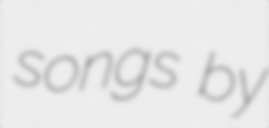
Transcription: songs by